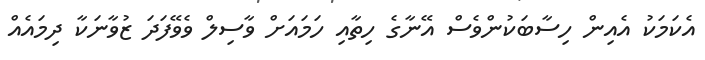
އެކަމަކު އެއިން ހިސާބަކުންވެސް އޭނާގެ ހިތާއި ހަމައަށް ވާސިލް ވެވޭފަދަ ޒުވާނަކާ ދިމައެއް